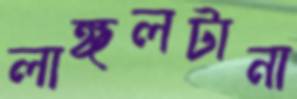
লাঙ্গলটানা